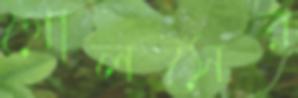
গোলসের